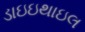
ડાઇઇથાઇલ